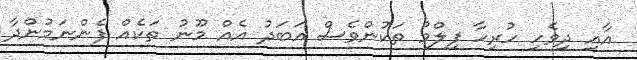
އާއި ދިވެހި ހުރިހާ ފިލްމު ތަކުންވެސް އަބަދު އެއް މޫނު ތަކެއް ފެންނަމުންދާ